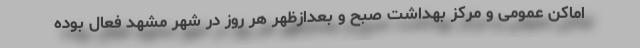
اماکن عمومی و مرکز بهداشت صبح و بعدازظهر هر روز در شهر مشهد فعال بوده